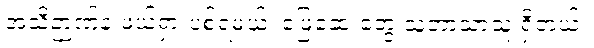
အသိဉာဏ်နဲ့ ဖယ်ရှားပစ်ရမယ်၊ ဖြေဆေးတွေ သူ့ဘာသာသူ ရှိတယ်။